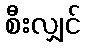
စီးလျှင်